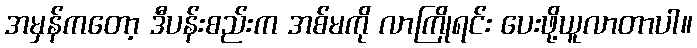
အမှန်ကတော့ ဒီပန်းစည်းက အစ်မကို လာကြိုရင်း ပေးဖို့ယူလာတာပါ။